Calcutta medical institutions reports 1892-1900
Year: 1892
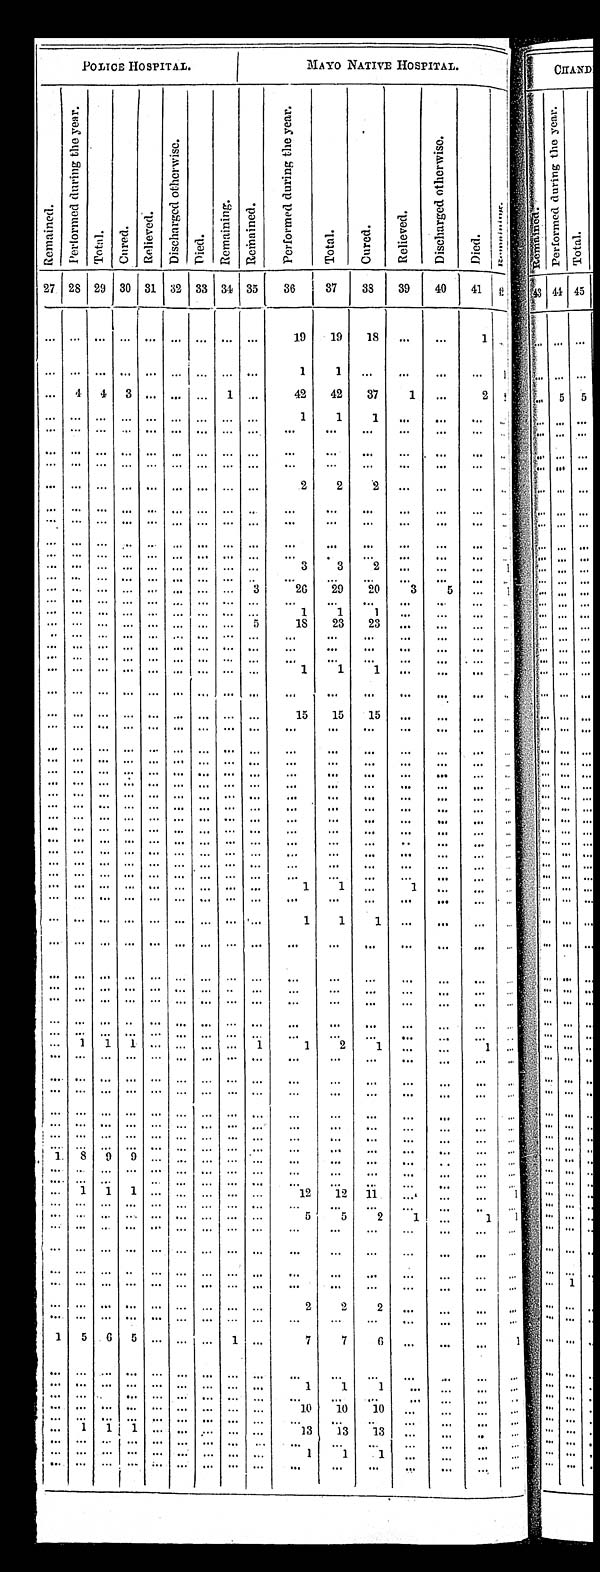
POLICE HOSPITAL.
MAYO NATIVE HOSPITAL.
R e m a i n i n g .
R e m a i n e d .
P e r f o r m e d d u r i n g t h e y e a r .
T o t a l .
C u r e d .
R e l i e v e d .
D i s c h a r g e d o t h e r w i s e .
Di e d .
Re ma i n i n g . R e m a i n e d .
P e r f o r m e d d u r i n g t h e y e a r .
T o t a l .
C u r e d .
R e l i e v e d .
D i s c h a r g e d o t h e r w i s e . D D
D i e d
27 28 29 30 31 32 33 34 35 36 37 38 39 40 41
4 2
19 19 18
1
1 1
1
4 4 3
1
42 42 37 1
2 1
1 1
1
2 2
2
3 3 2
1
3
2 6 29 20 3 5
1
1 1
1
5 18 23 23
1 1 1
15 15 15
1 1
1
1 1
1
1 1 1
1
1 2 1
1
1 8 9 9
1 1 1
12 12 11
1
5 5 2 1
1 1
2
2 2
1 5 6 5
1
7 7 6
1
1 1 1
10 10
1 0
1 1 1
13 13 13
1 1 1